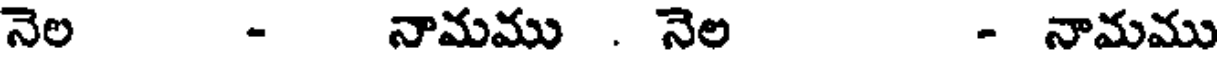
నెల - నామము . నెల - నామము